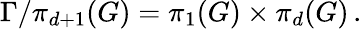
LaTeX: \Gamma/\pi_{d+1}(G)=\pi_{1}(G)\times\pi_{d}(G)\, .